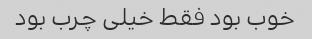
خوب بود فقط خیلی چرب بود